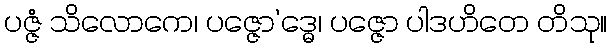
ပဇ္ဇံ သိလောကေ၊ ပဇ္ဇော’ဒ္ဓေ၊ ပဇ္ဇော ပါဒဟိတေ တိသု။